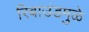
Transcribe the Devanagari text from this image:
रिबाउंडमुळे